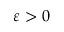
\varepsilon > 0